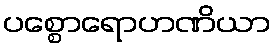
ပစ္စောရောဟဏိယာ